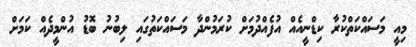
މިއީ މަސައްކަތްކުރާ ކިޑްނީއެއް އުފެއްދުމަށް ކުރަމުންދާ މަސައްކަތުގައި ލިބުނު ބޮޑު އުންމީދެއް ކަމަށް